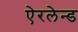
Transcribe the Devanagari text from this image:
ऐरलेन्ड